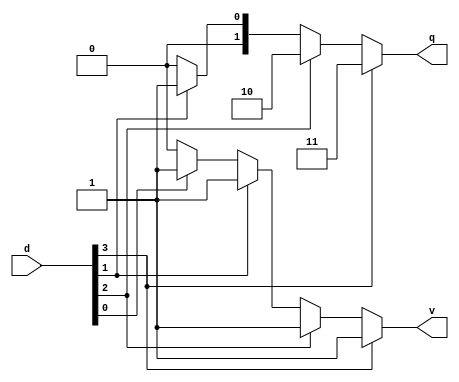
module prio_enc2_4to2
  (input [3:0] d,
   output reg [1:0] q,
   output reg v
  );
  
    always @(*) begin
        case (1) // checks if a signal is set
            d[3]:  begin q = 2'd3; v = 1; end
            d[2]:  begin q = 2'd2; v = 1; end
            d[1]:  begin q = 2'd1; v = 1; end
            d[0]:  begin q = 2'd0; v = 1; end
            default: begin q = 2'd0; v = 0; end
        endcase
    end
  
endmodule


`timescale 1us/1ns
module tb_prio_enc2_4to2();
	
    reg [3:0] d;   // DUT variables
    wire v;
    wire [1:0] q;
    integer i;     // testbench variable

    // Instantiate the DUT 
    prio_enc2_4to2 PRENC(
      .d(d),
      .q(q),
      .v(v)
    );
  
    // Create stimulus
    initial begin
        $monitor($time, " d = %b, q = %d, v = %d", d, q, v);
        #1; d = 0; 
        for (i = 0; i<4; i=i+1) begin
           #1; d = (1 << i);
        end
        #1; d = 4'b1111;
        #1; d = 4'b1001;
        #1; d = 4'b0101;
		#1; d = 4'b0000;
		#1; $stop;
    end
  
endmodule